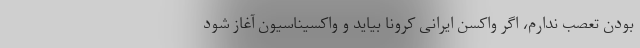
بودن تعصب ندارم، اگر واکسن ایرانی کرونا بیاید و واکسیناسیون آغاز شود